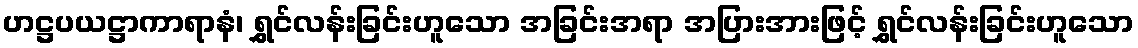
ဟဋ္ဌပယဋ္ဌာကာရာနံ၊ ရွှင်လန်းခြင်းဟူသော အခြင်းအရာ အပြားအားဖြင့် ရွှင်လန်းခြင်းဟူသော